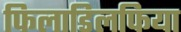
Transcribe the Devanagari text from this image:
फिलाडिलफिया